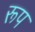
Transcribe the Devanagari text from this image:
रूप्‍ा